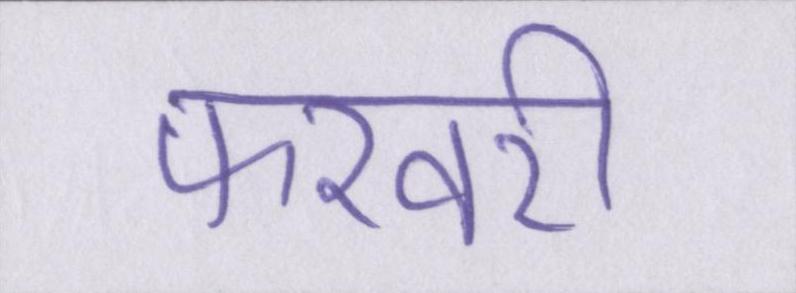
फरवरी